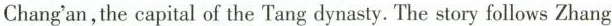
Chang'an,the capital of the Tang dynasty. The story follows Zhang